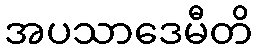
အပသာဒေမီတိ